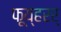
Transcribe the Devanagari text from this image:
फूय्हरर्